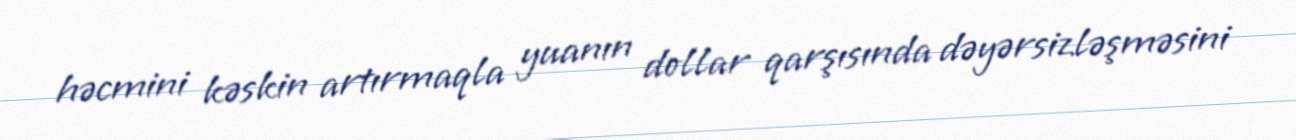
həcmini kəskin artırmaqla yuanın dollar qarşısında dəyərsizləşməsini